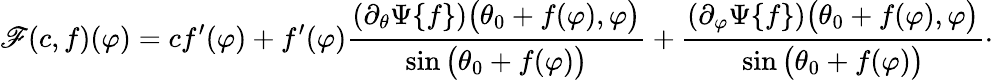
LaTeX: \mathscr{F}(c,f)(\varphi)=cf^{\prime}(\varphi)+f^{\prime}(\varphi)\frac{(\partial_{\theta}\Psi\{ f\} )\big(\theta_{0}+f(\varphi),\varphi\big)}{\sin\big(\theta_{0}+f(\varphi)\big)}+\frac{(\partial_{\varphi}\Psi\{ f\} )\big(\theta_{0}+f(\varphi),\varphi\big)}{\sin\big(\theta_{0}+f(\varphi)\big)}\cdot